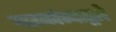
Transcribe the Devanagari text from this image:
नाटकांच्याद्वारे